Report on vaccination North-West Frontier Province 1904-1922 - 1904-1922
Year: 1904
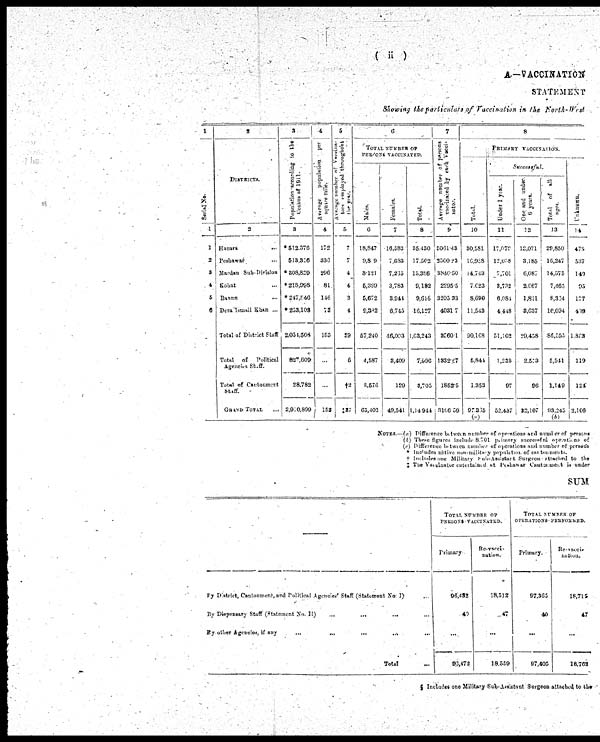
( ii)
A—VACCINATION
STATEMENT
Showing the particulars of Vaccination in the North-West
1
Serial No.
1
1
2
3
4
5
6
2
DISTRICTS.
2
Hazara
...
Peshawar ...
Mardan Sub-Division
Kohat ...
Bannu ...
Dera Ismail Khan ...
Total of District Staff
Total of
Political
Agencies Staff.
Total of Cantonment
staff.
GRAND TOTAL ...
3
Population according to the
Census of 1911
3
*512,376
513,356
* 308,829
* 218,998
* 247,846
* 233,103
2,054,508
827,609
28,782
2,910,899
4
Average
population
per
squre mile.
4
172
336
296
81
146
73
153
...
...
153
5
Average number of Vaccina¬
tors employed throughout
the
year.
5
7
7
4
4
3
4
29
6
†2
‡37
6
TOTAL NUMBER OF
PER ONS VACCINATED
Males.
6
18,847
9,809
3.121
5,399
5,672
9,382
57,240
4,587
3,576
65,403
Females.
7
16,583
7,683
7,265
3,783
3,944
6,745
46,093
3,409
129
49,541
Total.
8
35,430
17,502
15,386
9,182
9,645
16,127
1,63,243
7,996
3,705
1,14 944
7
Average number of persons
vaccinated by each Vacci¬
nator.
9
5061.43
3560.23
3840.50
2295.5
3205.33
4031.7
3560.1
1332.67
1852.5
3106.59
8
PRIMARY VACCINATION.
Total.
10
30,581
16,938
14,743
7,623
8,690
11,543
90,168
5,844
1,353
97.365
(a)
Successful.
Under 1 year.
11
17,079
12,058
7,701
3,732
6,084
4,448
51,102
1,238
97
52,437
One and under
6 years.
12
12,071
3,185
6,087
2,667
1,811
3,637
29,458
2,553
96
32,107
Total of all
ages.
33
29,850
16,247
14,575
7,465
8,334
10,094
86,555
5,541
1,149
93,245
(b)
Unknown.
14
475
537
140
95
177
439
1,803
119
124
2,106
NOTES.—(a) Difference between number of operations and number of persons
(b) These figures include 8,701 primary successful operations of
(c) Difference between number of operations and number of persons
* Includes native non-military population of cantonments.
† Includes one Military Sub-Assistant Surgeon attached to the
‡ The vaccinator entertained at Peshawar Cantonment is under
SUM
By District, Cantonment, and Political Agetncies' Staff (Statement No. I) ...
By Dispensary Staff (Statement No. II)
...
...
... ...
By other Agencies, if any
...
...
...
...
...
Total ...
TOTAL NUMBER OF
PERSONS VACCINATED.
Primary
96,432
49
...
93,472
Re-vacci¬
nation.
18,512
47
...
18,559
TOTAL NUMBER OF
OPERATIONS PERFORMED.
Primary.
97,365
40
...
97,405
Re-vacci¬
nation.
18,715
47
...
18,762
§ Includes one Military Sub-Assistant Surgeon attached to the